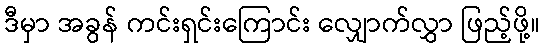
ဒီမှာ အခွန် ကင်းရှင်းကြောင်း လျှောက်လွှာ ဖြည့်ဖို့။